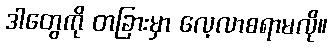
ဒါတွေကို တခြားမှာ လေ့လာစရာမလို။